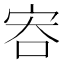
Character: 𡧶